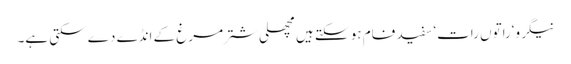
نیگرو‘راتوں رات‘ سفید فام ہو سکتے ہیں مچھلی شتر مرغ کے انڈے دے سکتی ہے۔